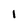
Character: 1